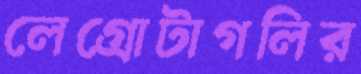
লেগ্রোটাগলির